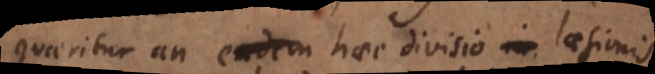
Quaeritur an haec divisio laesionis